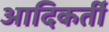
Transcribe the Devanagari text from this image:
आदिकर्ती